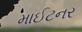
માઈટનર